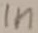
Text: in